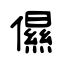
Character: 儑